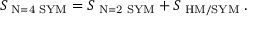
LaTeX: S _ { \mathrm { \scriptsize ~ N = 4 ~ S Y M } } = S _ { \mathrm { \scriptsize ~ N = 2 ~ S Y M } } + S _ { \mathrm { \scriptsize ~ H M / S Y M } } \; .